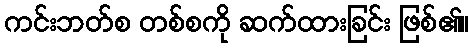
ကင်းဘတ်စ တစ်စကို ဆက်ထားခြင်း ဖြစ်၏။